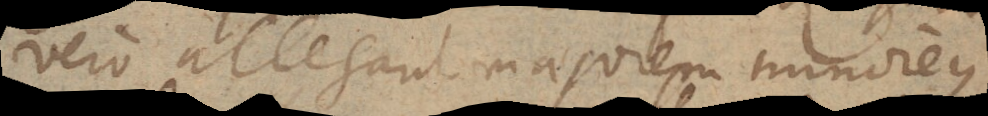
vero allegant majorem minoremque